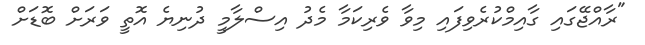
"ރާއްޖޭގައި ގާއިމްކުރެވިފައި މިވާ ވެރިކަމާ މެދު އިސްލާމީ ދުނިޔެ އޮތީ ވަރަށް ބޮޑަށް